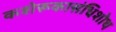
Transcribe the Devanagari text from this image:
कशेरूकासंधिशोथ